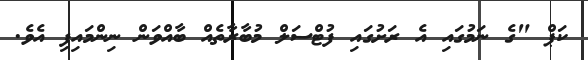
ކަޕް "ގެ ނަމުގައި އެ ރަށުގައި ފުޓްސަލް މުބާރާތެއް ބާއްވަން ނިންމައިފި އެވެ.